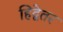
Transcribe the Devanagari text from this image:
हिद्वेतर